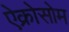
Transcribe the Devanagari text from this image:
ऐक्रोसोम